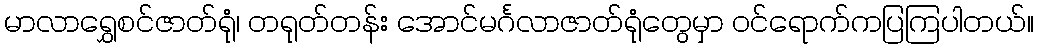
မာလာရွှေစင်ဇာတ်ရုံ၊ တရုတ်တန်း အောင်မင်္ဂလာဇာတ်ရုံတွေမှာ ဝင်ရောက်ကပြကြပါတယ်။